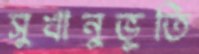
সুখানুভূতি